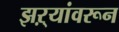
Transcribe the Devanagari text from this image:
झऱ्यांवरून